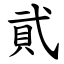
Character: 貮